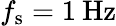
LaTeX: f_{\mathrm{s}}=1\: \mathrm{Hz}